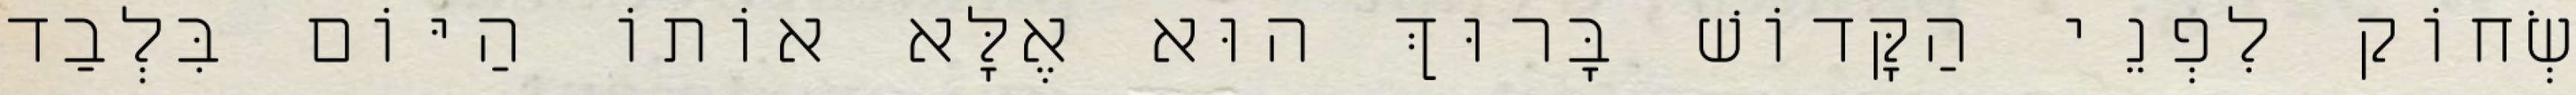
שְׂחוֹק לִפְנֵי הַקָּדוֹשׁ בָּרוּךְ הוּא אֶלָּא אוֹתוֹ הַיּוֹם בִּלְבַד